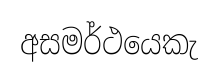
අසමර්ථයෙකැ